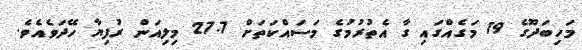
މަހިބަދޫގެ 19 މަގެއްގައި ގާ އެތުރުމުގެ މަސައްކަތަށް 27.7 މިލިއަން ރުފިޔާ ހޭދަވެއެވެ.